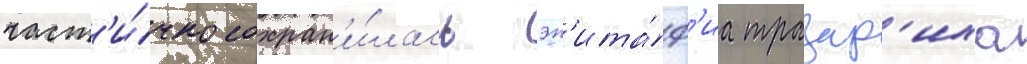
част'и́чно сохран'и́лась эп'ита́ф'иа тразар'иха